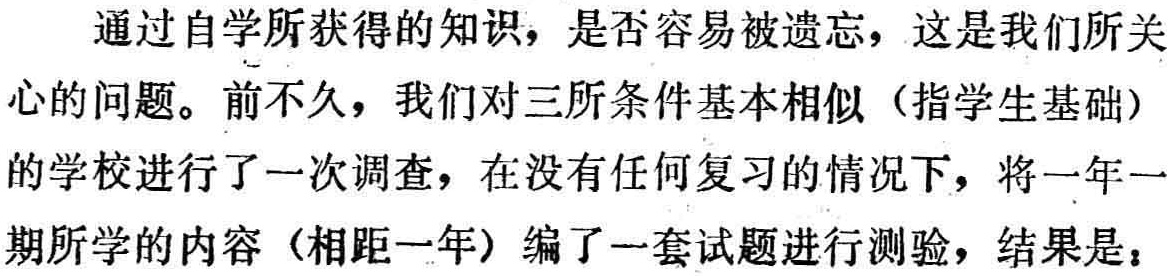
通过自学所获得的知识，是否容易被遗忘，这是我们所关心的问题。前不久，我们对三所条件基本相似（指学生基础）的学校进行了一次调查，在没有任何复习的情况下，将一年一期所学的内容（相距一年）编了一套试题进行测验，结果是：